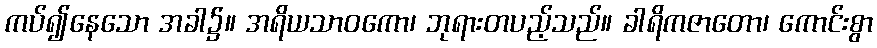
ကပ်၍နေသော အခါ၌။ အရိယသာဝကော၊ ဘုရားတပည့်သည်။ ခါရိကဇာတော၊ ကောင်းစွာ